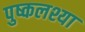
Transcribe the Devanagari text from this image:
पुष्कलश्या